Lunatic asylums Central Provinces reports 1910-1926 - 1910-1926
Year: 1910
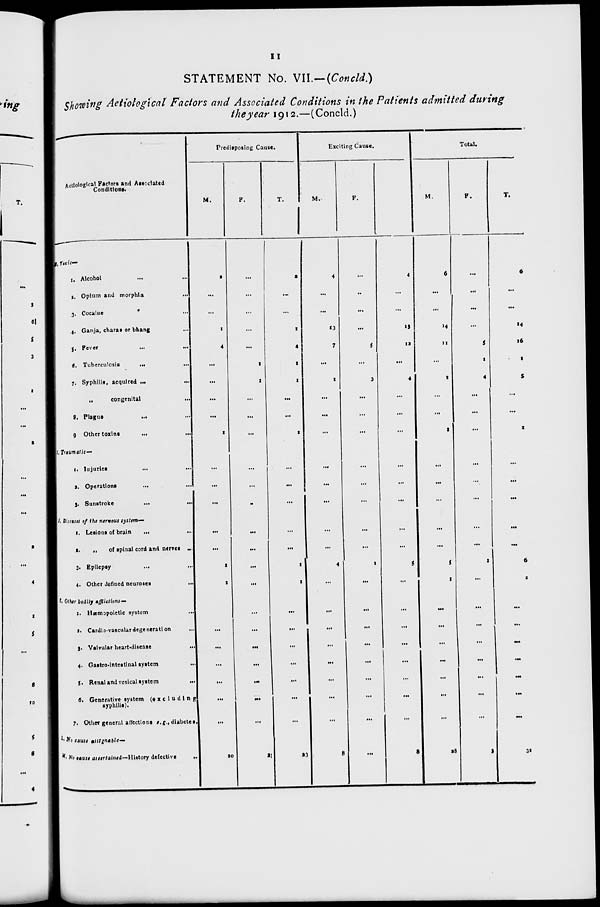
11
STATEMENT No. VII.—(Concld.)
Showing Aetiological Factors and Associated Conditions in the Patients admitted during
the year 1912.—(Concld.)
Aetiological Factors and Associated
Conditions.
H. Toxic—
1. Alcohol ... ...
2. Opium and morphia
...
3. Cocaine ...
4. Ganja, charas or bhang ...
5. Fever
...
...
6. Tuberculosis
...
...
7. Syphilis, acquired ...
„
congenital
8. Plague
... ...
9 Other toxins
...
...
I. Traumatic—
1. Injuries ... ...
2. Operations ... ...
3. Sunstroke
...
...
J. Diseases of the nervous system—
1. Lesions of brain
...
2.
„
of spinal cord and nerves ...
3. Epilepsy ... ...
4. Other defined neuroses ...
K. Other bodily afflictions—
1. Hæmopoietic system ...
2. Cardio-vascular degeneration ...
3. Valvular heart-disease
...
4. Gastro-intestinal system ...
5. Renal and vesical system
...
6. Generative system (excluding
syphilis).
7. Other general affections e.g., diabetes.
L. No cause assinable—
M. No cause ascertained—History defective
...
Predisposing Cause.
M.
2
...
...
1
4
...
...
...
...
1
...
...
...
...
...
1
1
...
...
...
...
...
...
...
20
F.
...
...
...
...
...
1
1
...
...
...
...
...
...
...
...
...
...
...
...
...
...
...
...
...
3
T.
2
...
...
1
4
1
1
...
...
1
...
...
...
...
...
1
1
...
...
...
...
...
...
...
23
Exciting Cause.
M.
4
...
...
13
7
...
1
...
...
...
...
...
...
...
...
4
...
...
...
...
...
...
...
...
8
F.
...
...
...
...
5
...
3
...
...
...
...
...
...
...
...
1
...
...
...
...
...
...
...
...
...
T.
4
...
...
13
12
...
4
...
...
...
...
...
...
...
...
5
...
...
...
...
...
...
...
...
8
Total.
M.
6
...
...
14
11
...
1
...
...
1
...
...
...
...
...
5
1
...
...
...
...
...
...
...
28
F.
...
...
...
...
5
1
4
...
...
...
...
...
...
...
...
1
...
...
...
...
...
...
...
...
3
T.
6
...
...
14
16
1
5
...
...
1
...
...
...
...
...
6
1
...
...
...
...
...
...
...
31